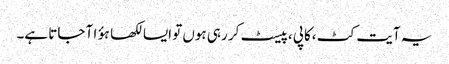
یہ آیت کٹ ،کاپی ،پیسٹ کر رہی ہوں تو ایسا لکھا ہؤا آ جاتا ہے۔